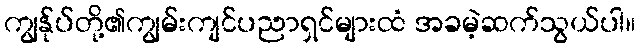
ကျွန်ုပ်တို့၏ကျွမ်းကျင်ပညာရှင်များထံ အခမဲ့ဆက်သွယ်ပါ။